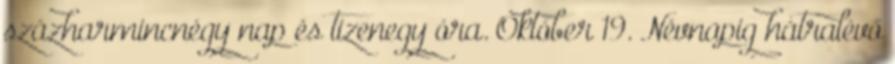
százharmincnégy nap és tizenegy óra. Október 19. Névnapig hátralévő